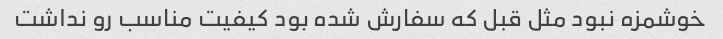
خوشمزه نبود مثل قبل که سفارش شده بود کیفیت مناسب رو نداشت